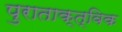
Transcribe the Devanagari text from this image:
पुराताक्त्विक